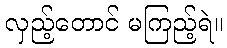
လှည့်တောင် မကြည့်ရဲ။